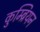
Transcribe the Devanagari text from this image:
कुम्ब्रियन